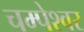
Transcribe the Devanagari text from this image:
चम्पेश्वर